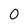
Character: 0